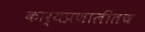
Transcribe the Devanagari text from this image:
कार्यप्रणालीतच